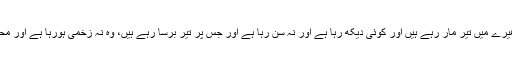
مودی جی نے سوچا تھا کہ وہ اندھیرے میں تیر مار رہے ہیں اور کوئی دیکھ رہا ہے اور نہ سن رہا ہے اور جس پر تیر برسا رہے ہیں، وہ نہ زخمی ہورہا ہے اور محسوس کر رہا ہے اور سن رہا ہے۔